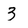
Character: 3